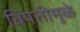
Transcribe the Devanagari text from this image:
विपत्तीमुळे